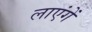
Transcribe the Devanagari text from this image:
लाएंगें